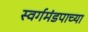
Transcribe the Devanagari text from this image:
स्वर्गमंडपाच्या